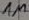
Text: 1M